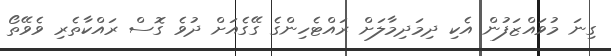
ގިނަ މުވައްޒަފުން އެކި ދިމަދިމާލަށް ރައްޓެހިންގެ ގޭގެއަށް ދުވެ ގޮސް ރައްކާތެރި ވެވޭތޯ